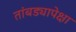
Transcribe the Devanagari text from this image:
तांबड्यापेक्षा